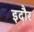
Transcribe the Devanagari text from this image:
इदौर